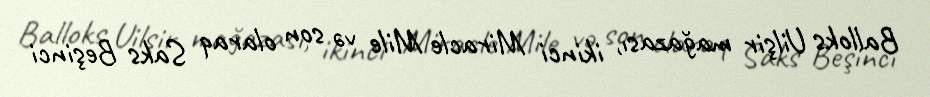
Balloks Uilşir mağazası, ikinci Miracle Mile və son olaraq Saks Beşinci